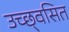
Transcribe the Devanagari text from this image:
उच्छ्‌वसित